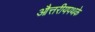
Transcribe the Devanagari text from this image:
औत्तरीयपथके